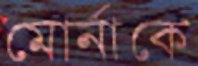
মোর্নাকে